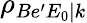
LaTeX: \rho_{Be^{\prime}E_{0}|k}